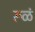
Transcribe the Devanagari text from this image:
रूळं